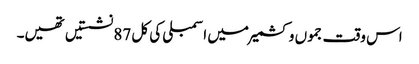
اس وقت جموں و کشمیر میں اسمبلی کی کل 87 نشستیں تھیں۔